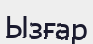
Ызғар